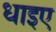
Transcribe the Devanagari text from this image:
धाइए